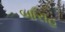
બારાહ